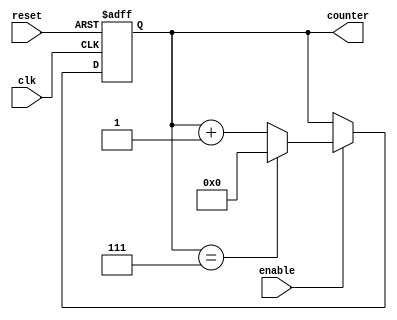
module mod_n_counter (
  input wire clk,
  input wire reset,
  input wire enable,
  output reg [N-1:0] counter
);

parameter N = 8; // Define the modulo-N value

always @ (posedge clk or posedge reset) begin
  if (reset) begin
    counter <= 0;
  end else begin
    if (enable) begin
      counter <= counter + 1;
      if (counter == N-1) begin
        counter <= 0;
      end
    end
  end
end

endmodule